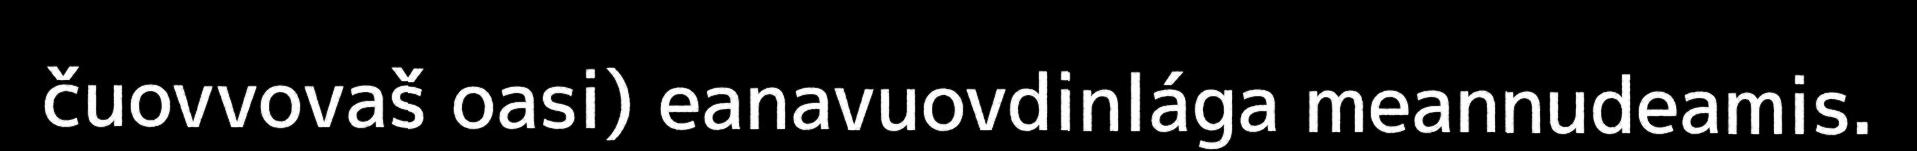
čuovvovaš oasi) eanavuovdinlága meannudeamis.